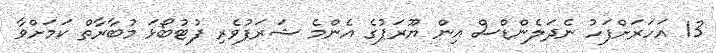
13 އަހަރަށްފަހު ނެދަލެންޑްސް އިން ޔޫރަޕުގެ އެންމެ ޝަރަފުވެރި ފުޓުބޯޅަ މުބާރާތް ކަމަށްވާ